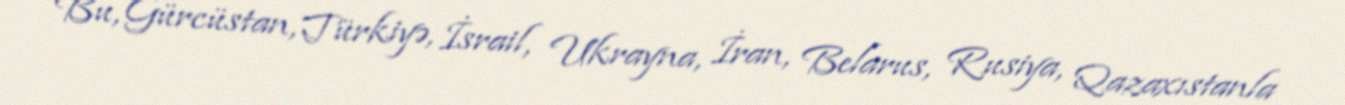
Bu, Gürcüstan, Türkiyə, İsrail, Ukrayna, İran, Belarus, Rusiya, Qazaxıstanla